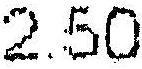
2.50